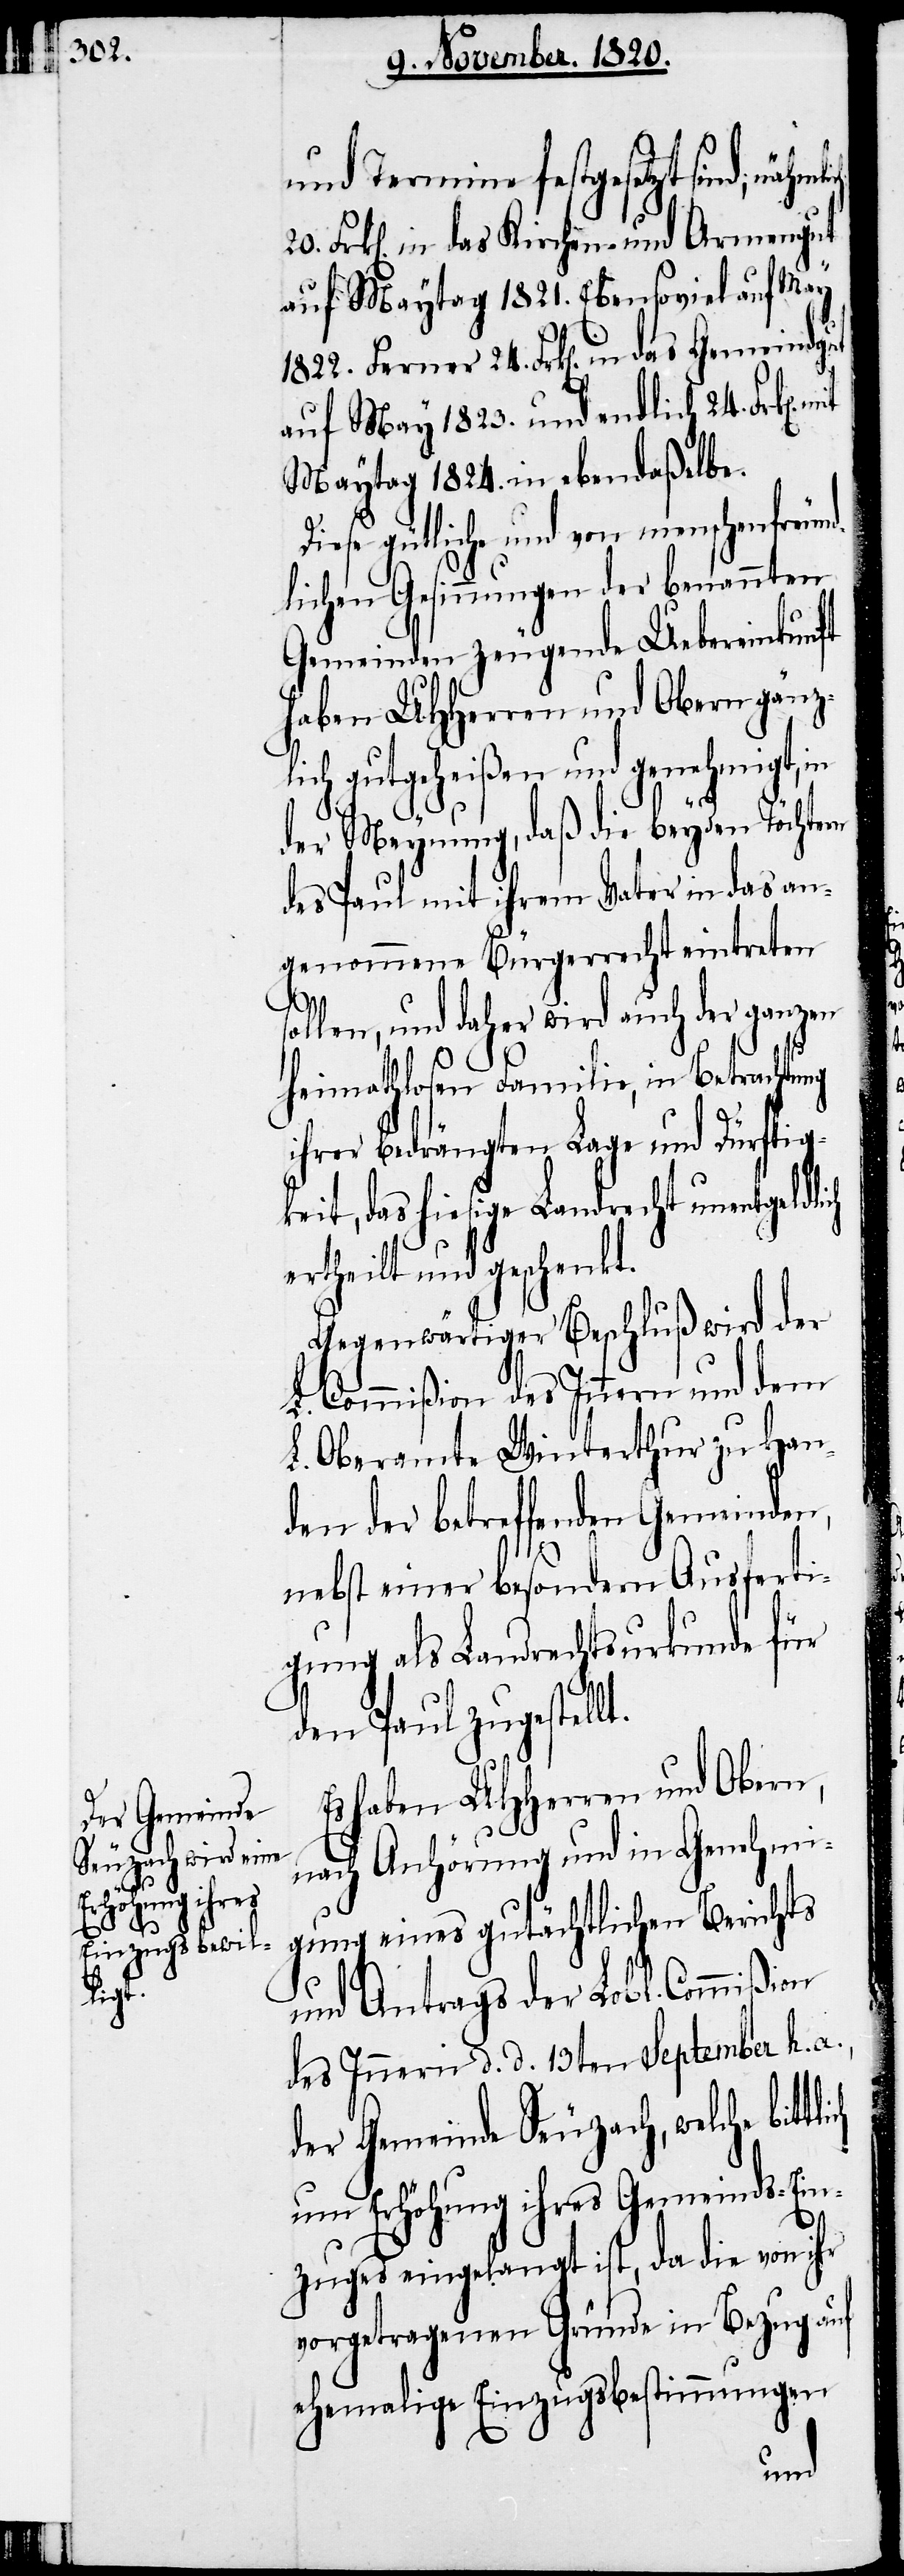
a.,
lich

und Termine festgesetzt sind;
Frk[en]. in das Kirchen- und Armengut
auf Maytag 1821. Ebensoviel auf May
1822. Ferner 24. Frk[en]. in das Gemeindgut
auf May 1823. und endlich 24. Frk[en].
Maytag 1824. in ebendaßelbe.
Diese gütliche und von menschenfreun¬
dlichen Gesinnungen der benannten
Gemeinden zeugende Uebereinkunft
haben UHherren und Obern gänzl¬
ch ertheilt und geschenkt.
der Meynung, daß die beyden Töchtern
des Paul mit ihrem Vater in das an¬
genommene Bürgerrecht eintreten
sollen, und daher wird auch der ganzen
heimathlosen Familie, in
ihrer bedrängten Lage und Dürftig¬
keit, das hiesige Landrecht unentgeldli¬
Gegenwärtiger Beschluß wird der
L. Commißion des Innern und dem
L. Oberamte Winterthur zu Han¬
den der betreffenden Gemeinden,
nebst einer besondern Ausferti¬
gung als Landrechtsurkunde für
den Paul zugestellt.
Es haben UHHerren und Obern,
nach Anhörung und in Genehmi¬
gung eines gutächtlichen Berichts
und Antrags der Lobl. Commißion
des Innern d. d. 13ten September h.
der Gemeinde Seuzach, welche bitt¬
um Erhöhung ihres Gemeinds-Ein¬
zuges eingelangt ist, da die von ihr
vorgetragenen Gründe in Bezug auf
ehemalige Einzugsbestimmungen